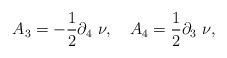
LaTeX: \begin{align*}A_{3} = - {1 \over 2} \partial_{4}~\nu,~~~A_{4} ={1 \over 2} \partial_{3}~\nu ,\end{align*}